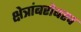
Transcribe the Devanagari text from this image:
क्षेत्रांबरोबरच